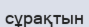
сұрақтын